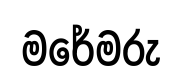
මරේමරු